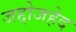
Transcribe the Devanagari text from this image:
जद्दोजहेद